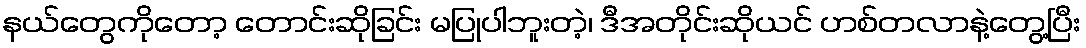
နယ်တွေကိုတော့ တောင်းဆိုခြင်း မပြုပါဘူးတဲ့၊ ဒီအတိုင်းဆိုယင် ဟစ်တလာနဲ့တွေ့ပြီး